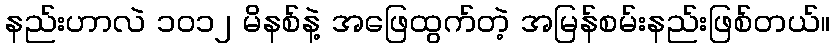
နည်းဟာလဲ ၁ဝ၁၂ မိနစ်နဲ့ အဖြေထွက်တဲ့ အမြန်စမ်းနည်းဖြစ်တယ်။